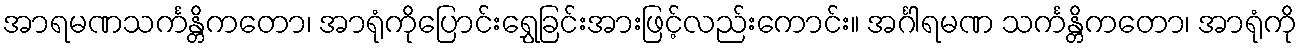
အာရမဏသင်္ကန္တိကတော၊ အာရုံကိုပြောင်းရွှေခြင်းအားဖြင့်လည်းကောင်း။ အင်္ဂါရမဏ သင်္ကန္တိကတော၊ အာရုံကို